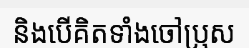
និងបើគិតទាំងចៅប្រុស